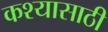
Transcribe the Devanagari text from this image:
कश्यासाठी